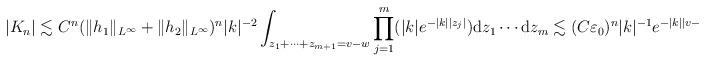
LaTeX: \begin{align*}|K_n|\lesssim C^n(\|h_1\|_{L^{\infty}}+\|h_2\|_{L^{\infty}})^n|k|^{-2}\int_{z_1+\cdots +z_{m+1}=v-w}\prod_{j=1}^m(|k|e^{-|k||z_j|})\mathrm{d}z_1\cdots\mathrm{d}z_m\lesssim (C\varepsilon_0)^n|k|^{-1}e^{-|k||v-w|/2},\end{align*}